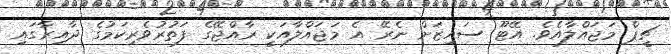
ޗީޕް މަޖައްލާއެވެ. އޭޓޫ ސައިޒަށް ނެރޭ އެ މަޖައްލާއަކީ ރާއްޖޭގެ ފަތުރުވެރިކަމުގެ ދާއިރާގައި